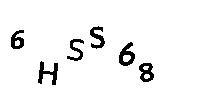
6HSS68